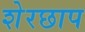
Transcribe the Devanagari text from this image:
शेरछाप